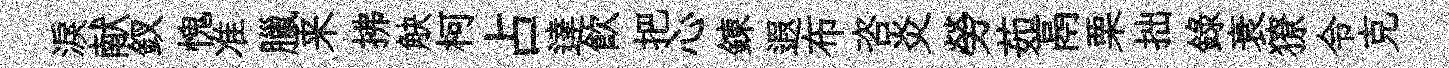
淚献釵愧准臘来拂觖柯占達飲把心錬遐布咨炎勞茹鬲栗拙錄衰獠令克